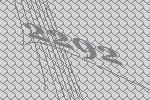
2292